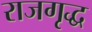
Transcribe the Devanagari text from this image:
राजगृद्ध